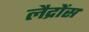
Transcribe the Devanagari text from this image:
लैद्रोंस